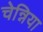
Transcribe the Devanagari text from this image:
चेन्निया